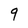
Character: 9